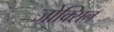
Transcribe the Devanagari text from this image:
जोक्सिन